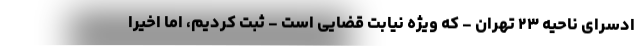
ادسرای ناحیه ۲۳ تهران - که ویژه نیابت قضایی است - ثبت کردیم، اما اخیرا